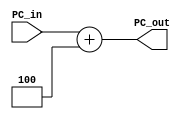
module Add_PC(PC_in,PC_out);

	input [31:0]PC_in;
	output [31:0]PC_out;

	assign PC_out = PC_in+32'b100;
endmodule